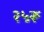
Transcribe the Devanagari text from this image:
२५रू